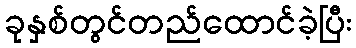
ခုနှစ်တွင်တည်ထောင်ခဲ့ပြီး